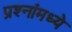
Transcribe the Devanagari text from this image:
प्रश्‍नांमध्‍ये